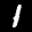
Label: 1